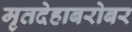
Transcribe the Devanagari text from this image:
मृतदेहाबरोबर